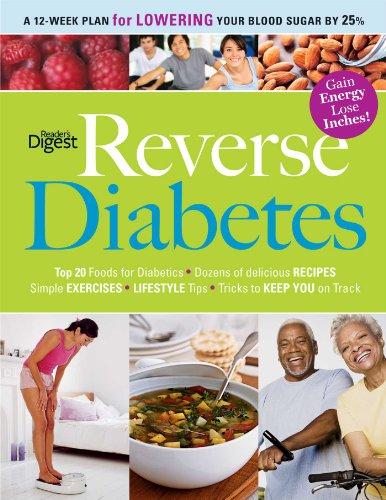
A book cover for Reverse Diabetes: A 12-Week Plan for Lowering Your Blood Sugar by 25%; Editors of Reader's Digest; Health, Fitness & Dieting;